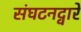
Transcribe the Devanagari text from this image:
संघटनद्वारे